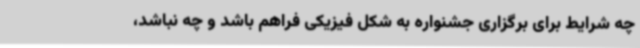
چه شرایط برای برگزاری جشنواره به شکل فیزیکی فراهم باشد و چه نباشد،